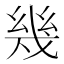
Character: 幾